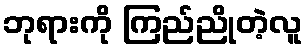
ဘုရားကို ကြည်ညိုတဲ့လူ